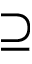
\supseteq